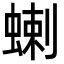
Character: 蝲